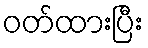
ဝတ်ထားပြီး